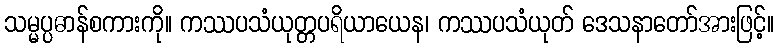
သမ္မပ္ပဓာန်စကားကို။ ကဿပသံယုတ္တပရိယာယေန၊ ကဿပသံယုတ် ဒေသနာတော်အားဖြင့်။